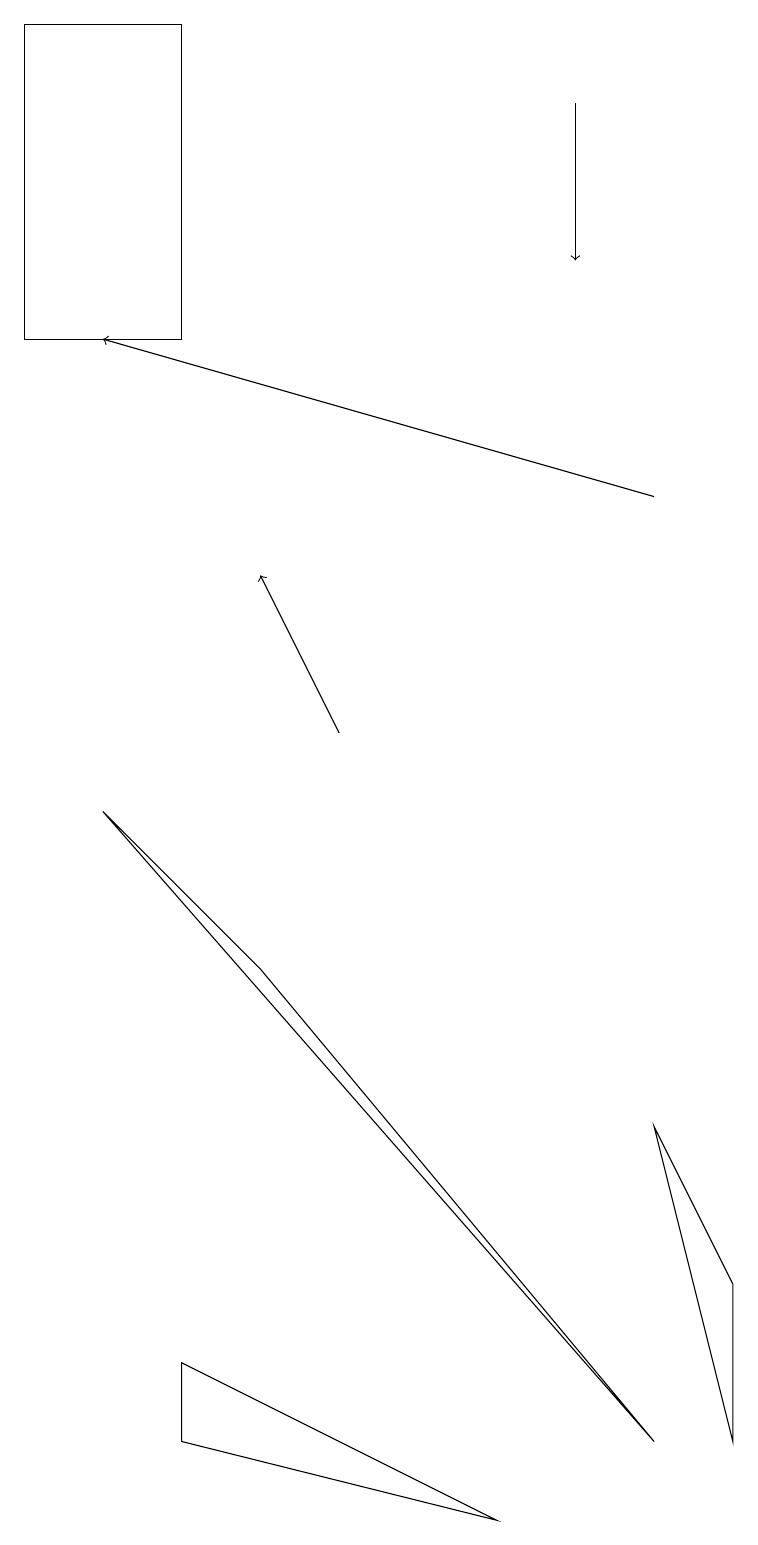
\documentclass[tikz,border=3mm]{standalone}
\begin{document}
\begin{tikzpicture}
\draw[->] (7,18) -- (7,16);
\draw (0,15) rectangle (2,19);
\draw[->] (8,13) -- (1,15);
\draw (2,1) -- (2,2) -- (6,0) -- cycle;
\draw (8,5) -- (9,3) -- (9,1) -- cycle;
\draw[->] (4,10) -- (3,12);
\draw (3,7) -- (8,1) -- (1,9) -- cycle;
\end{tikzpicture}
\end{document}